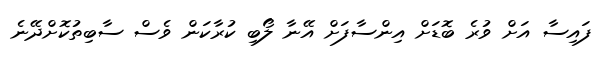
ފައިސާ އަށް ވުރެ ބޮޑަށް އިންސާފަށް އޭނާ ލޯބި ކުރާކަން ވެސް ސާބިތުކޮށްދޭނެ